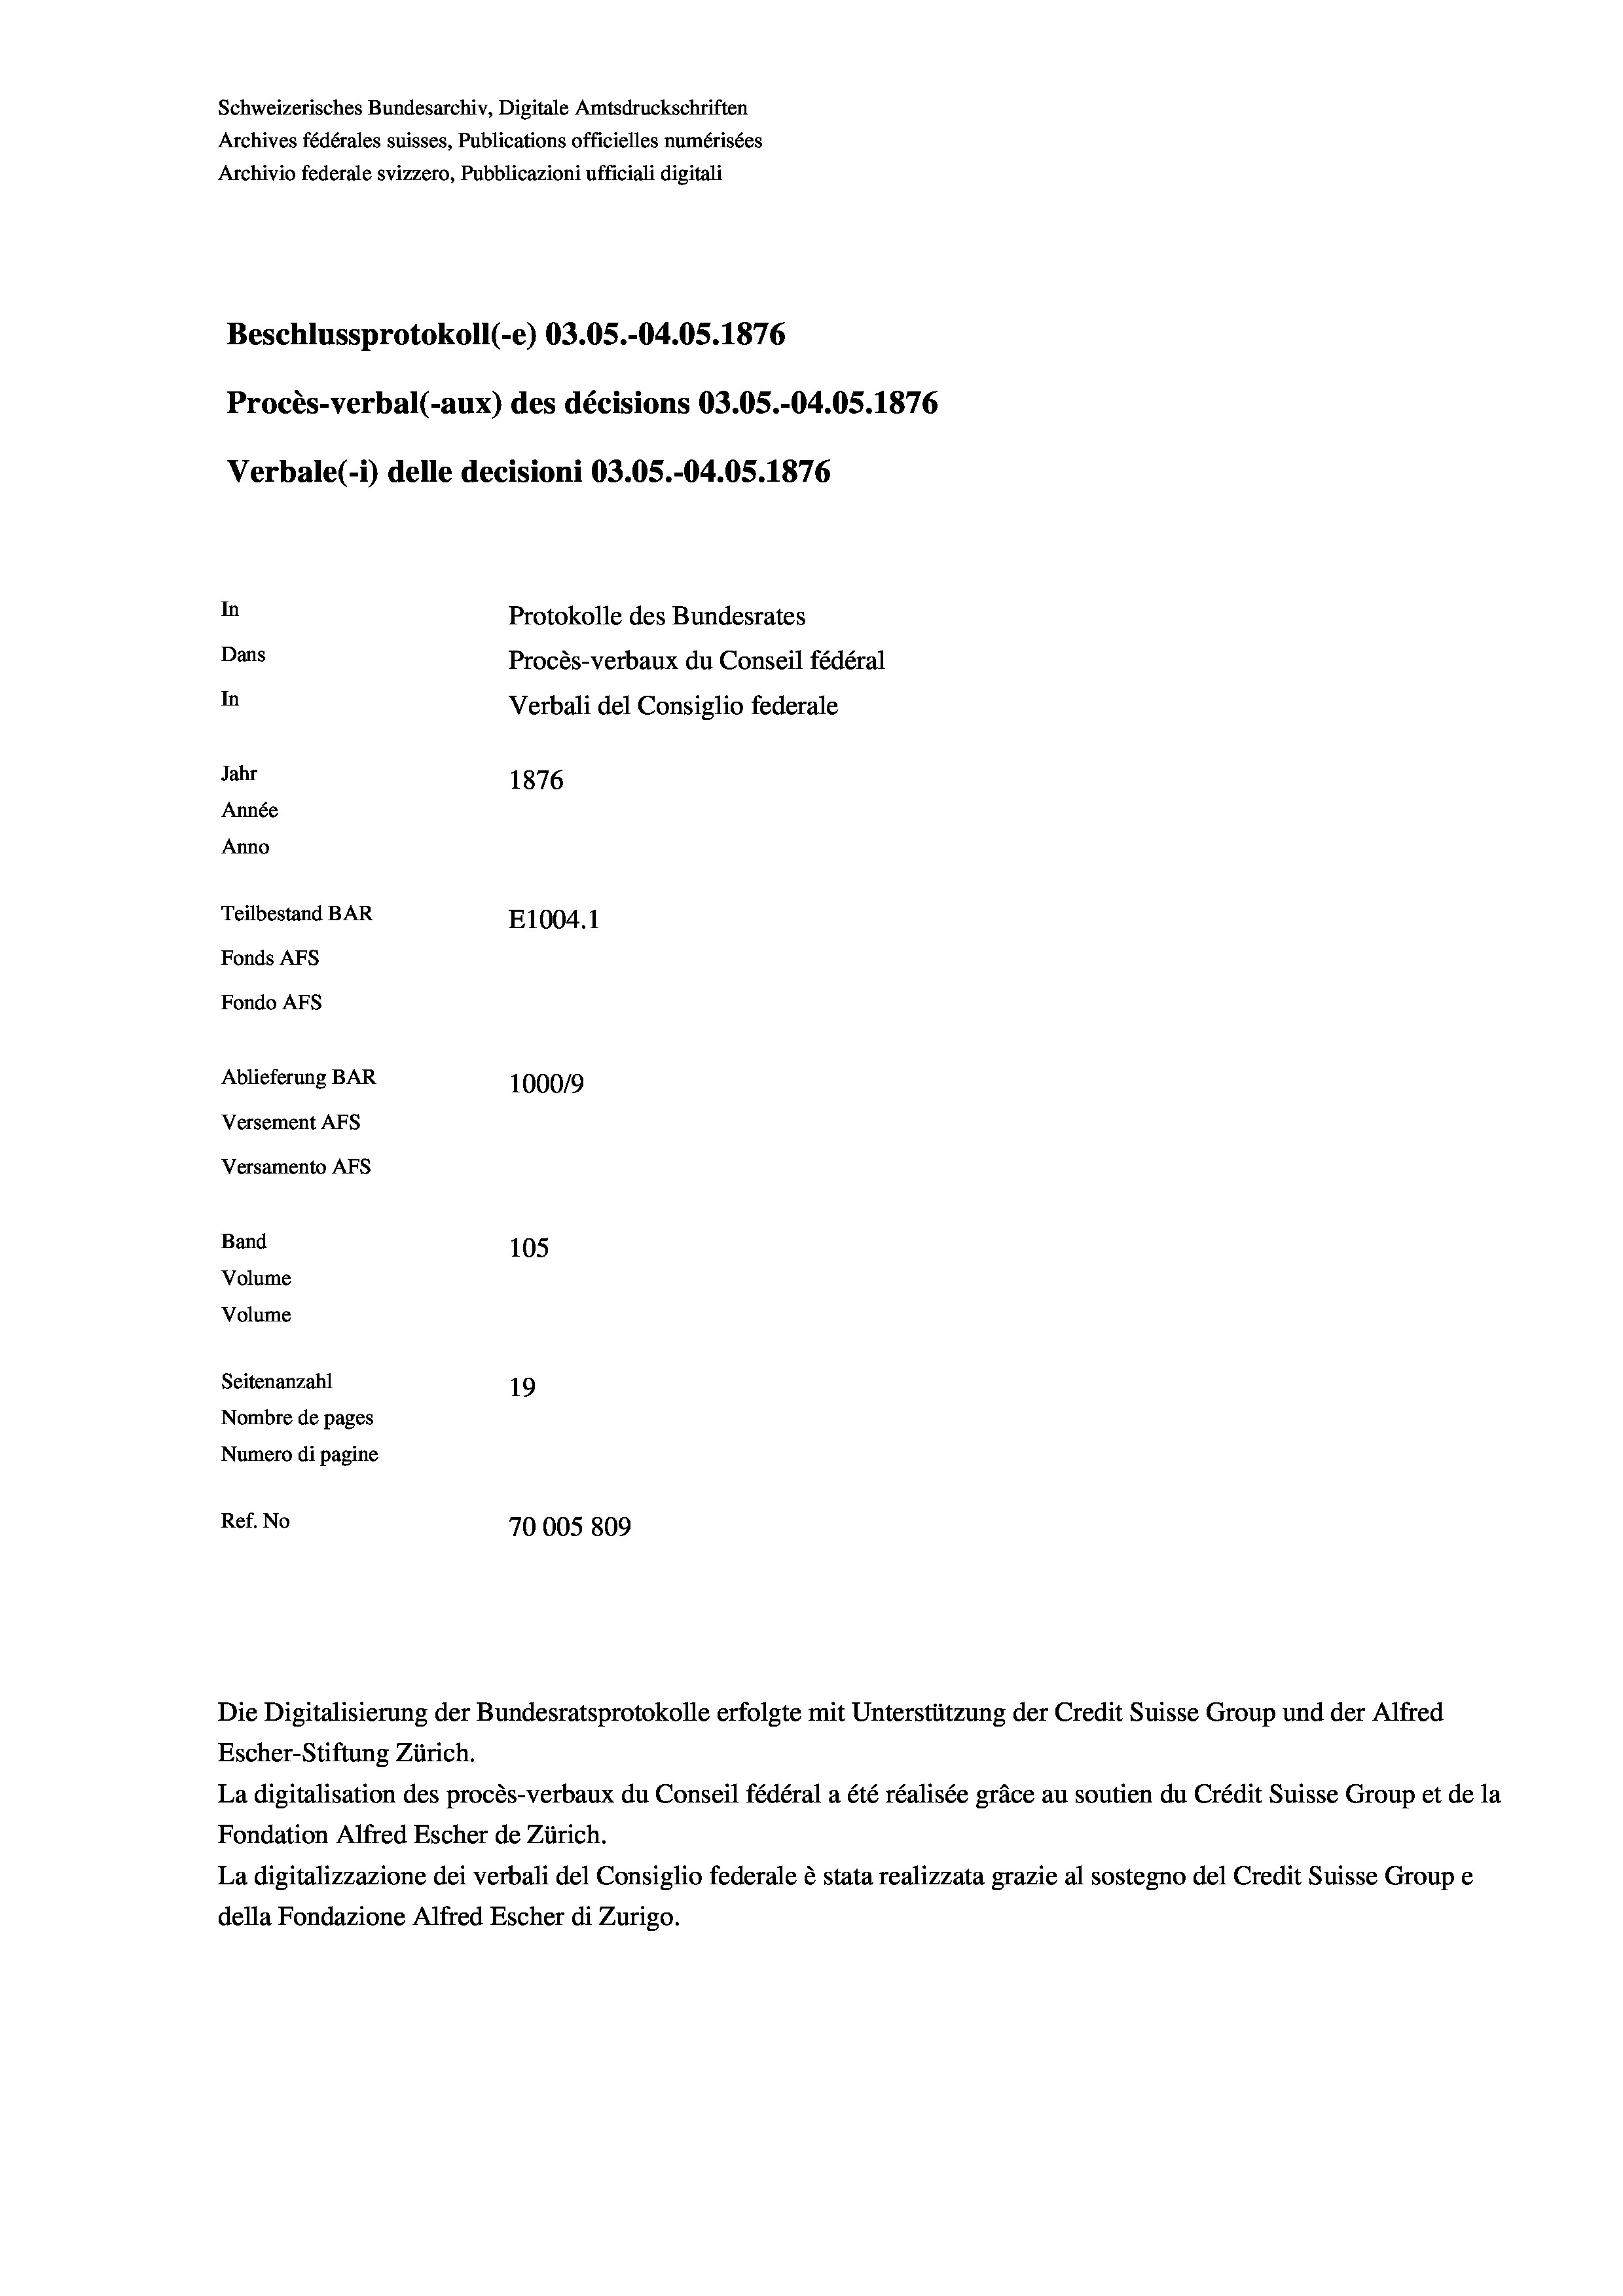
Schweizerisches Bundesarchiv, Digitale Amtsdruckschriften
Archives fédérales suisses, Publications officielles numérisées
Archivio federale svizzero, Pubblicazioni ufficiali digitali
Beschlussprotokoll (-e) 03.05.-04.05. 1876
Procès-verbal (-aux) des décisions 03.05.-04.05. 1876
Verbale(-*) delle decisioni 03.05.-04.05. 1876
In
Protokolle des Bundesrates
Dans
Procès-verbaux du Conseil fédéral
In
Verbali del Consiglio federale
Jahr
1876
Année
Anno
Teilbestand BAR
E1004.1
Fonds AFs
Fondo Afs
Ablieferung BAR
100019
Versement AFs
Versamento Afs
Band
105
Volume
Volume

Seitenanzahl
19
Nombre de pages
Numero di pagine
Ref. No
70005809

Escher-Stiftung Zürich.
La digitalisation des procès-verbaux du Conseil fédéral a été réalisée gräce au soutien du Crédit Suisse Group et de la
Fondation Alfred Escher de Zürich.
La digitalizzazione dei verbali del Consiglio federale è stata realizzata grazie al sostegno del Credit Suisse Groupe
della Fondazione Alfred Escher di Zurigo.

Die Digitalisierung der Bundesratsprotokolle erfolgte mit Unterstützung der Credit Suisse Group und der Alfred